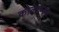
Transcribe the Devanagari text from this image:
कोलाय्ड्स